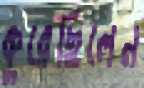
কুরেছিলেন